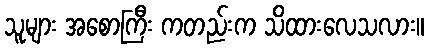
သူများ အစောကြီး ကတည်းက သိထားလေသလား။